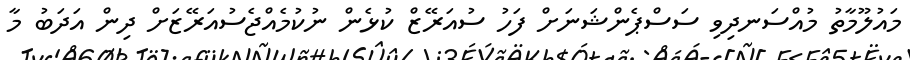
މައުލޫމާތު މުއްސަނދިވި ސަސްޕެންޝަނަށް ފަހު ސުއަރޭޒް ކުޅެން ނުކުމެއްޖެސުއަރޭޒަށް ދިން އަދަބު މާ